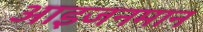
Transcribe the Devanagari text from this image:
आइजनमान